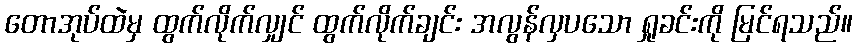
တောအုပ်ထဲမှ ထွက်လိုက်လျှင် ထွက်လိုက်ချင်း အလွန်လှပသော ရှုခင်းကို မြင်ရသည်။